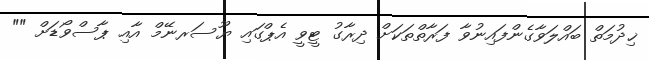
ޚިދުމަތް ބައްލަވާގެންފައިނުވާ ފަރާތްތަކަށް ދިރާގު ޓީވީ އެޕްގައި ޔޫސަރނޭމް އާއި ޕާސްވޯޑަށް ""